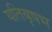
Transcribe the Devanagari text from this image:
यतिबृषभ